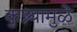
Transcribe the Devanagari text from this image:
कुत्र्यामुळे